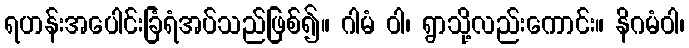
ရဟန်းအပေါင်းခြံရံအပ်သည်ဖြစ်၍။ ဂါမံ ဝါ၊ ရွာသို့လည်းကောင်း။ နိဂမံဝါ၊